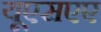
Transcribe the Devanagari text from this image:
यूएसएए